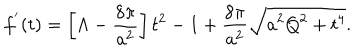
f ^ { ' } ( t ) = \left[ \Lambda - \frac { 8 \pi } { a ^ { 2 } } \right] t ^ { 2 } - 1 + \frac { 8 \pi } { a ^ { 2 } } \sqrt { a ^ { 2 } Q ^ { 2 } + t ^ { 4 } } .